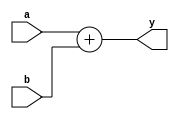
`timescale 1ns / 1ps
//////////////////////////////////////////////////////////////////////////////////
// Company: 
// Engineer: 
// 
// Design Name: 
// Module Name: adder
// Project Name: 
// Target Devices: 
// Tool Versions: 
// Description: 
// 
// Dependencies: 
// 
// Revision:
// Revision 0.01 - File Created
// Additional Comments:
// 
//////////////////////////////////////////////////////////////////////////////////


module adder(
    input [31:0] a,b,
    output [31:0] y
    );
    assign y = a + b;
endmodule